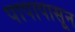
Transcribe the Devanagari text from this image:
पापापासून